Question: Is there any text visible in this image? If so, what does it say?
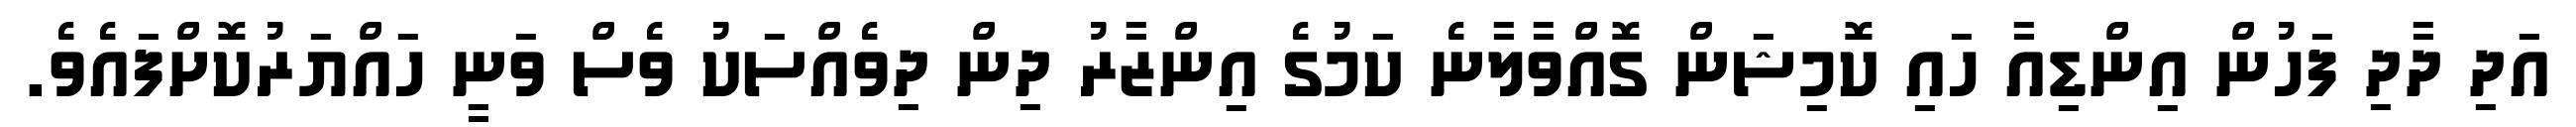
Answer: އަދި ދާދި ފަހުން އިންޑިއާ ހައި ކޮމިޝަން ގޮއްވާލާނެ ކަމުގެ އިންޒާރު ދިން ދިވެއްސަކު ވެސް ވަނީ ހައްޔަރުކޮށްފައެވެ.